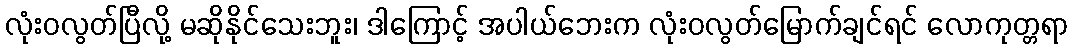
လုံးဝလွတ်ပြီလို့ မဆိုနိုင်သေးဘူး၊ ဒါကြောင့် အပါယ်ဘေးက လုံးဝလွတ်မြောက်ချင်ရင် လောကုတ္တရာ